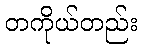
တကိုယ်တည်း